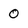
Character: 0